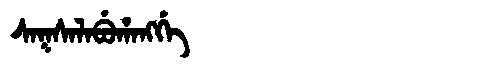
Manchu: ᠰᠠᡴᠰᠠᠯᠠᠪᡠᡥᠠᠩᡤᡝ
Romanization: SAKSALABUHANGGE